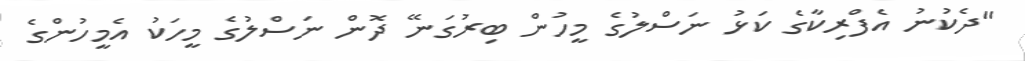
"ދެކުނު އެފްރިކާގެ ކަޅު ނަސްލުގެ މީހުން ބިރުގަނޭ ދޮން ނަސްލުގެ މީހަކު އެމީހުންގެ